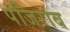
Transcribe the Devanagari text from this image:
पंजिराब